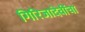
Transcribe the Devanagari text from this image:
गिरिजादेवींचा